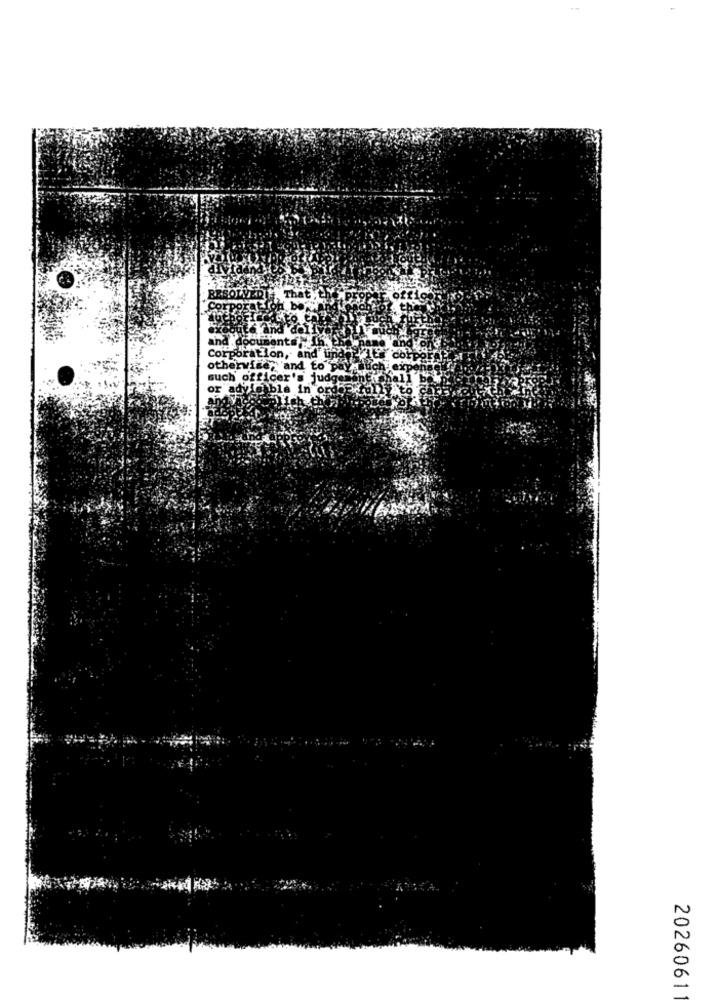
PSOTVERI
That
OH bOAH
and.
Corporation, and und
otherwise, and to pay
such
2026061